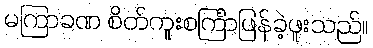
မကြာခဏ စိတ်ကူးစင်္ကြာဖြန်ခဲ့ဖူးသည်။